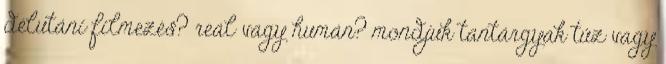
délutáni filmezés? reál vagy humán? mondjuk tantárgyak tűz vagy